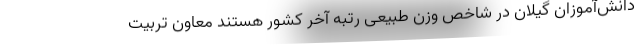
دانش‌آموزان گیلان در شاخص وزن طبیعی رتبه آخر کشور هستند معاون تربیت